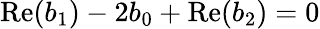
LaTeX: \mathrm{Re}(b_{1})-2b_{0}+\mathrm{Re}(b_{2})=0